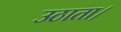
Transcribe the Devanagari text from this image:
उठाता।